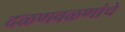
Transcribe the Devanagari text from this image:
दळणवळणांचे